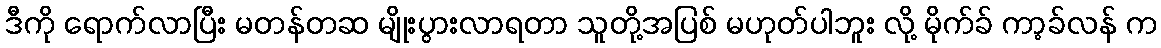
ဒီကို ရောက်လာပြီး မတန်တဆ မျိုးပွားလာရတာ သူတို့အပြစ် မဟုတ်ပါဘူး လို့ မိုက်ခ် ကာ့ခ်လန် က